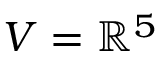
V = \mathbb { R } ^ { 5 }